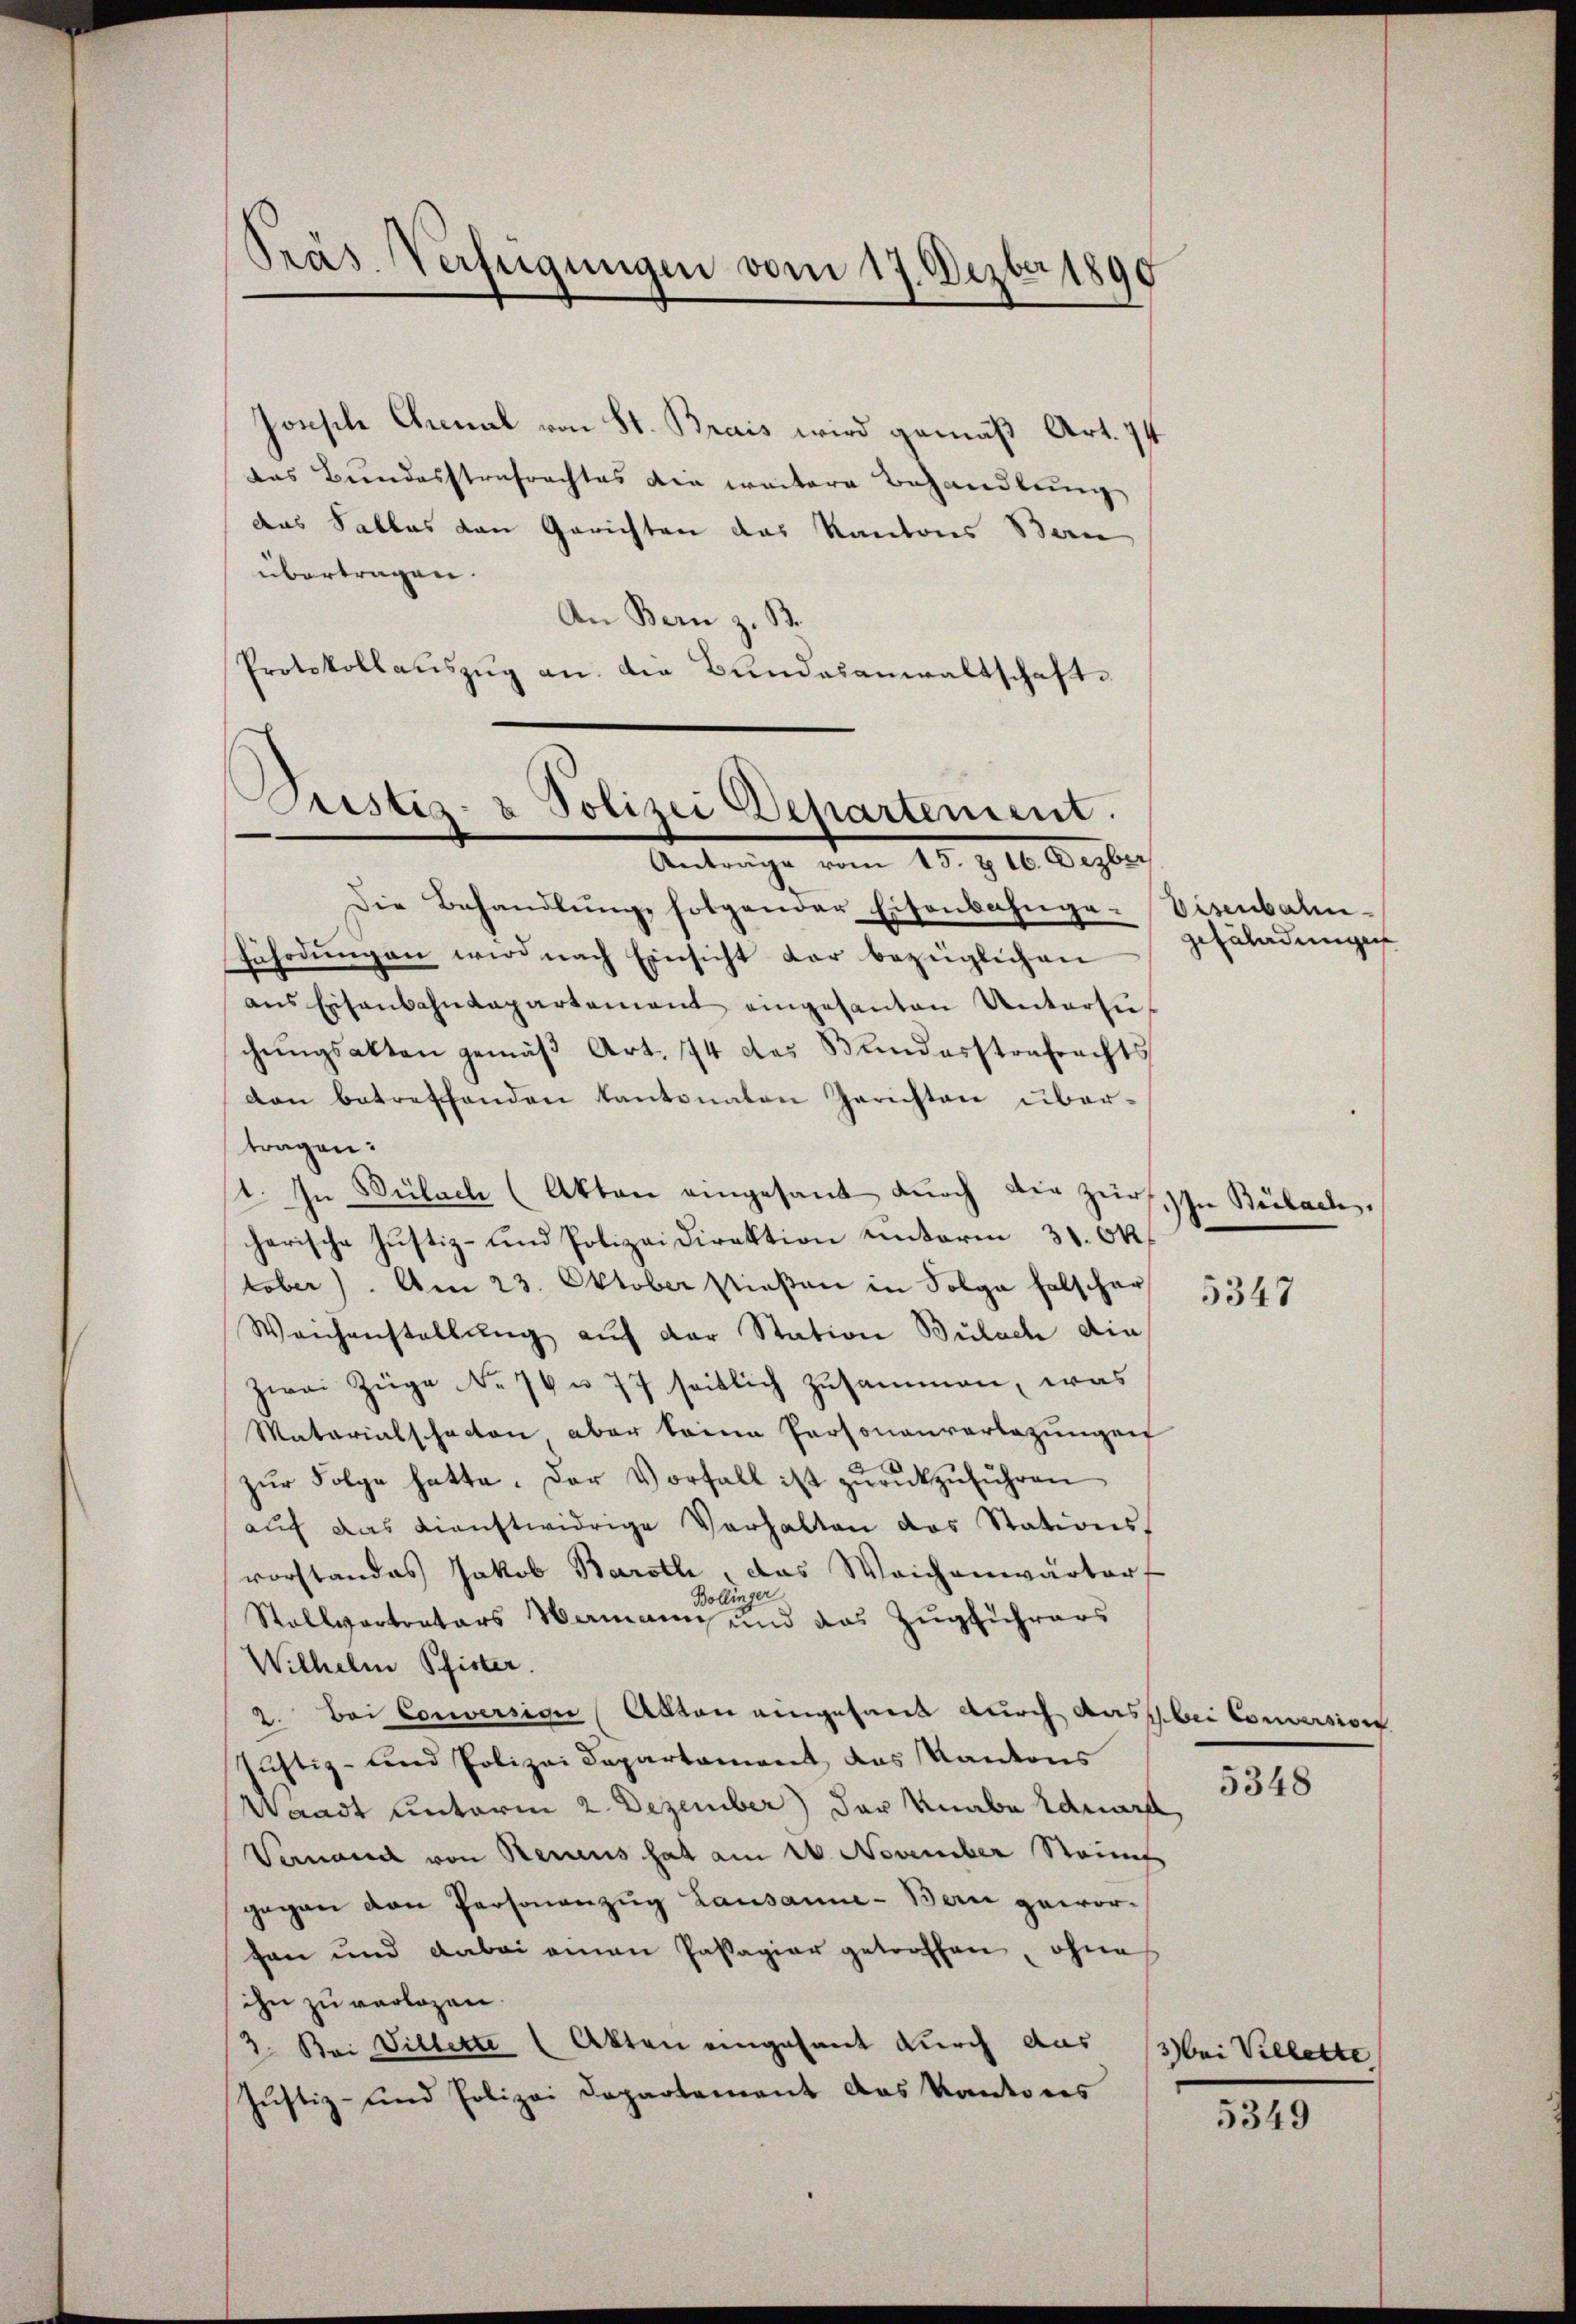
Präs. Verfügungen vom 17. Dezbr 1890

Jonsche Annal von St. Brais wird gemäß Art. 11
das Bundesstrafrachtes die weitere Behandlung
das Falles den Gerichten das Kantons Ban
übertragen.
An Bern z. B.
Protokollauszug an die Bundesanwaltschaft.
Anträge vom 15. & 16. Dezber
Die Behandlŭng folgender Eisenbahnge-Visenbahn-
Fühodŭngen wird nach Einsicht dar bezüglichen
ans Eisenbahndepartement eingesanten Untersiechŭngsakten gemäβ Art. 74 des Bundesstrafrechts
dan betreffenden Kantonaten Gerichten übertragen:
11. In Bülach (Akten eingesant durch die Zürs. In Bülach,
herische Justiz- und Polizeidirektion unterm 31. Oktober). Am 23. Oktober stießen in Folge falscher
Weichenstellŭng aŭf der Station Bülach die
zwei Züge No 76 u. 77 seitlich zusammen, was
Matarialschacten aber keine Personenverlegungen
zŭr Folge hatte. Der Vorfall ist zŭrückzuführen
aŭf das dienstwidrige Verhalten das Stationsvorstandes Jakob Baroth, das Weichenwärter
Bollinger
Stallvertreters Hermann und das Zugführers
Wilhelm Pfister.
2. Bei Conversion (Abten eingesant durch dass bei Conversion
sustiz- und Polizei Departament das Kantons
Waadt unterm 2. Dezember) der Knabe Eduard,
Vernand von Recens hat am 24. November Stauf
gegen den Personanzug Lausanne-Bern geworten und dabei einen Passagier getroffen, ohne
ihn zu verlogen.
2. Bei Villette (Akten eingesant durch aus 13 bei Villette,
Justiz- und Polizei Departement das Kantons

Justiz- & Polizei Departement.

gefährdungen

5347

5348

5349